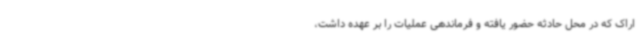
اراک که در محل حادثه حضور یافته و فرماندهی عملیات را بر عهده داشت،